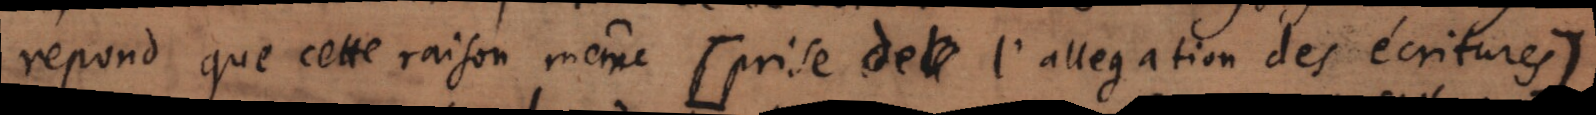
répond que cette raison même [ prise de t l’allegation des écritures]